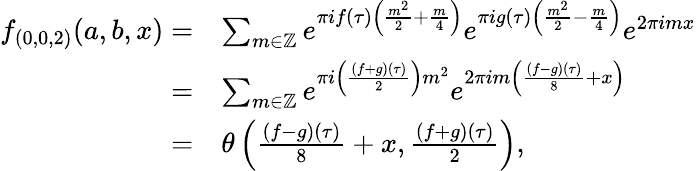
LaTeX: \begin{array}{rl}{f_{(0,0,2)}(a,b,x)=}&{\sum_{m\in\mathbb{Z}}e^{\pi if(\tau)\left(\frac{m^{2}}{2}+\frac{m}{4}\right)}e^{\pi ig(\tau)\left(\frac{m^{2}}{2}-\frac{m}{4}\right)}e^{2\pi imx}}\\ {=}&{\sum_{m\in\mathbb{Z}}e^{\pi i\left(\frac{(f+g)(\tau)}{2}\right)m^{2}}e^{2\pi im\left(\frac{(f-g)(\tau)}{8}+x\right)}}\\ {=}&{\theta\left(\frac{(f-g)(\tau)}{8}+x,\frac{(f+g)(\tau)}{2}\right),}\end{array}